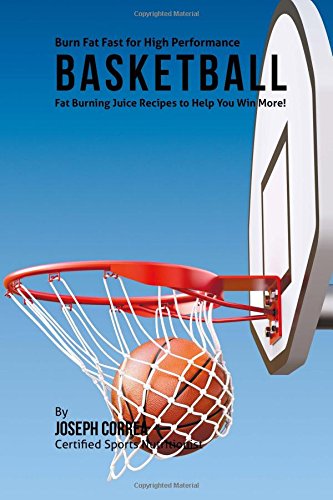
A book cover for Burn Fat Fast for High Performance Basketball: Fat Burning Juice Recipes to Help You Win More!; Joseph Correa (Certified Sports Nutritionist); Sports & Outdoors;